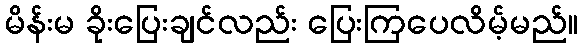
မိန်းမ ခိုးပြေးချင်လည်း ပြေးကြပေလိမ့်မည်။